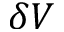
\delta V